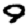
Digit: 9